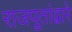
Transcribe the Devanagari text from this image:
राजपूतांद्वारे